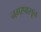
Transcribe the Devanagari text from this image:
नगरपासून